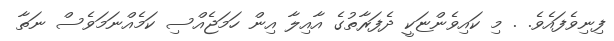
ފިނިވެފައެވެ. . މި ކައިވެންޏަކީ ދެފަރާތުގެ އާއިލާ އިން ހަމަޖެއްސި ކަމެއްނަމަވެސް ނަތާ